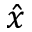
\hat { x }